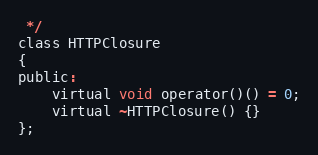
Language: C
 */
class HTTPClosure
{
public:
    virtual void operator()() = 0;
    virtual ~HTTPClosure() {}
};